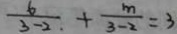
\frac { 6 } { 3 - 2 } + \frac { m } { 3 - 2 } = 3